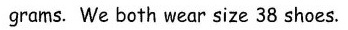
grams. We both wear size 38 shoes.